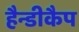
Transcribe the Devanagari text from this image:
हैन्डीकैप